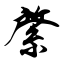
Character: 綮